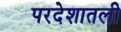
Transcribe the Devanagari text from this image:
परदेशातली